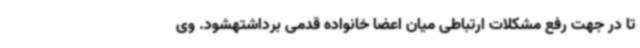
تا در جهت رفع مشکلات ارتباطی میان اعضا خانواده قدمی برداشتهشود. وی